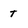
Character: t